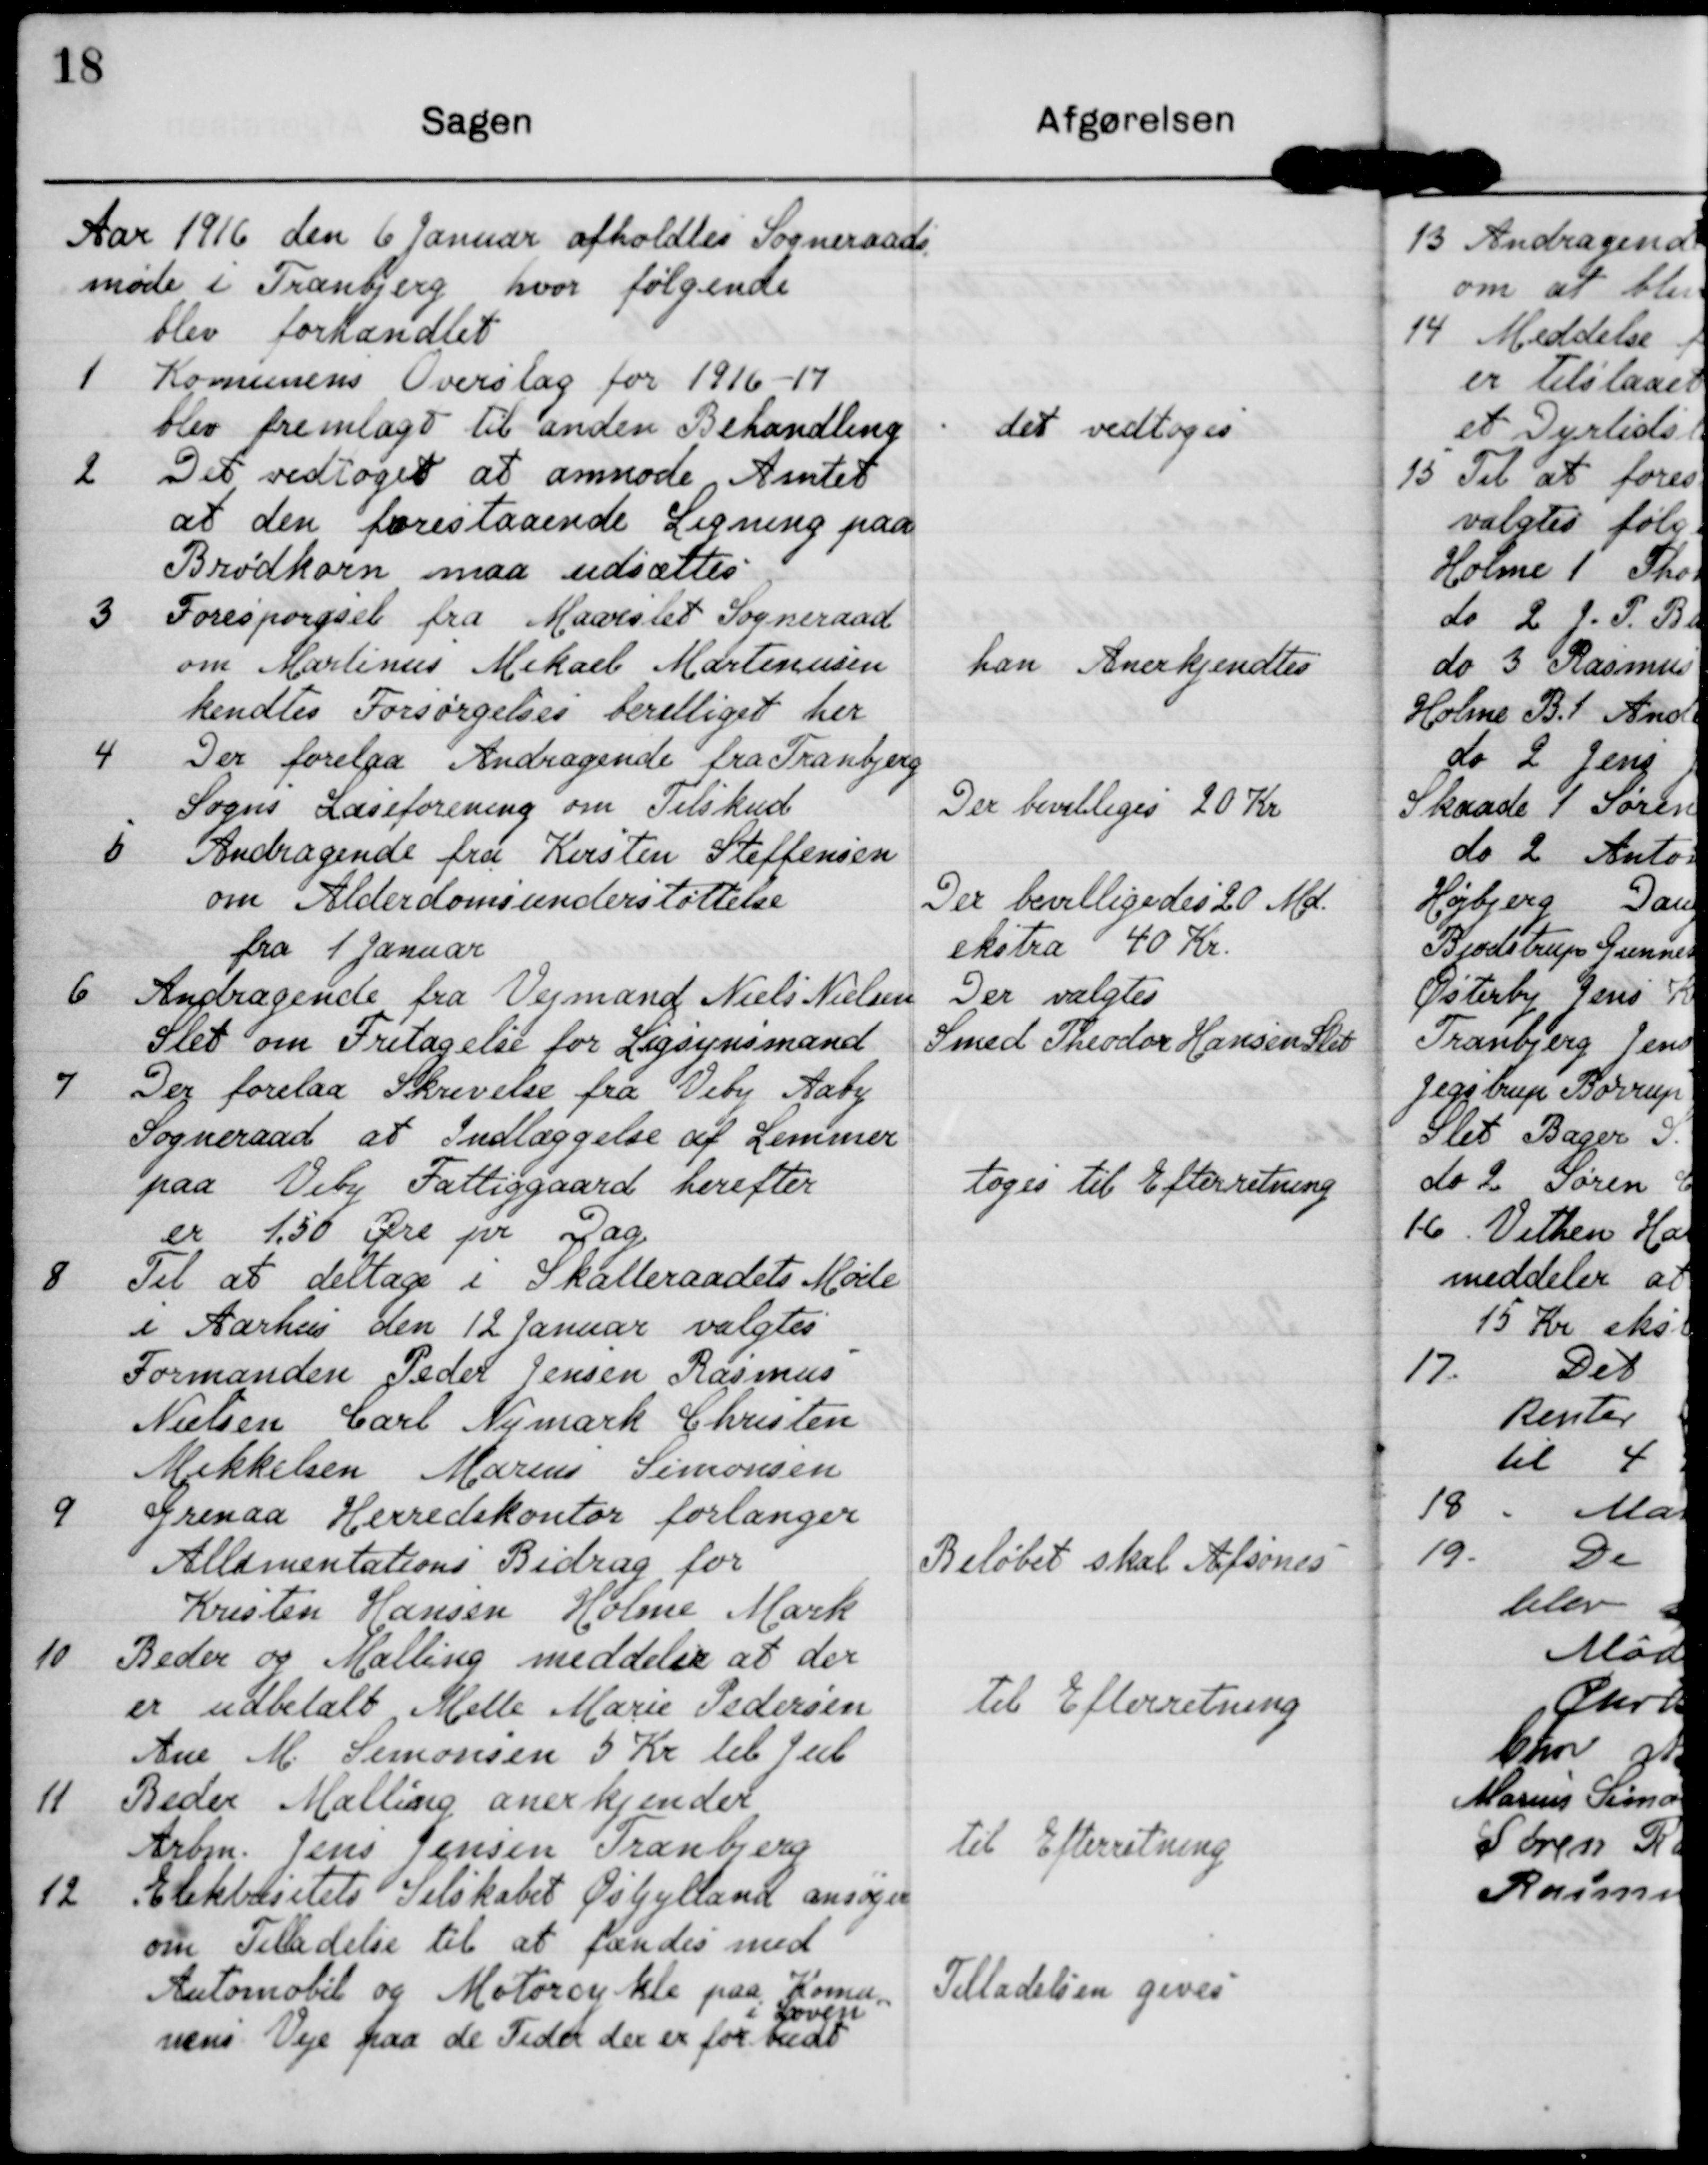
Transskription:
Aar 1916 den 6 Januar afholdtes Sogneraads
møde i Tranbjerg hvor følgende 
blev forhandlet

1 Komunens Overslag for 1916-17
blev fremlagt til anden Behandling

det vedtoges

2 Det vedtoges at anmode Amtet
at den forestaaende Ligning paa
Brødkorn maa udsættes

3 Forespørgsel fra Maarslet Sogneraad
om Martinus Mikael Martinusen
kendtes Forsørgelses berettiget her

han Anderkjendtes

4 Der forelaa Andragende fra Tranbjerg
Sogns Læseforening om Tilskud

Der bevilliges 20 Kr

5 Andragende fra Kirsten Steffensen
om Alderdomsunderstøttelse
fra 1 Januar

Der bevilligedes 20 Md.
ekstra 40 Kr.

6 Andragende fra Vejmand Niels Nielsen
Slet om Fritagelse for Ligsynsmand

Der valgtes
Smed Theodor Hansen Slet

7 Der forelaa Skrivelse fra Viby Aaby
Sogneraad at Indlæggelse af Lemmer
paa Viby Fattiggaard herefter
er 1,50 Øre pr Dag.

Toges til Efterretning

8 Til at deltage i Skalleraadets Møde 
i Aarhus den 12 Januar valgtes 
Formanden Peder Jensen Rasmus
Nielsen Carl Nymark Christen
Mikkelsen Marius Simonsen

9 Grenaa Herredskontor forlanger
Allimentations Bidrag for
Kristen Hansen Holme Mark

Beløbet skal Afsones

10 Beder og Malling meddeler at der
er udbetalt Mette Marie Pedersen
Ane M. Simonsen 5 Kr til jul.

Til Efterretning

11 Beder Malling anerkjender
Arbm. Jens Jensen Tranbjerg

Til Efterretning.

12 Elektrisitets Selskabet Østjylland ansøger
om Tilladelse til at færdes med
Automobil og Motorcykle paa Komu-
nens Veje paa de Feder der er forbudt
i Loven

Tilladelsen gives.